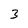
Character: 3